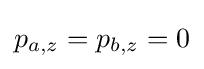
p_{a,z}=p_{b,z}=0